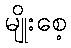
မျိုးစေ့